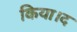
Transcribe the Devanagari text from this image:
किया।द